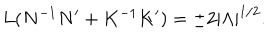
L ( N ^ { - 1 } N ^ { \prime } + K ^ { - 1 } K ^ { \prime } ) = \pm 2 | \Lambda | ^ { 1 / 2 } .